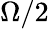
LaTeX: \Omega/2